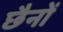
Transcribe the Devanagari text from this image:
छैनों